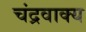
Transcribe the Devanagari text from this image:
चंद्रवाक्य